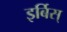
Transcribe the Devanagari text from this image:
इर्बिस्